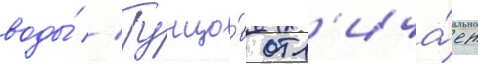
воды́ // Тунцо́в отл'ича́ет